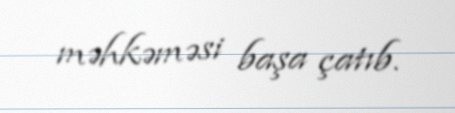
məhkəməsi başa çatıb.